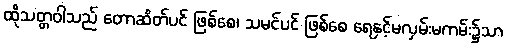
ထိုသတ္တဝါသည် တောဆိတ်ပင် ဖြစ်စေ၊ သမင်ပင် ဖြစ်စေ ရေနှင့်မလှမ်းမကမ်း၌သာ